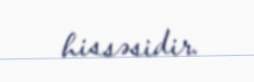
hissəsidir.